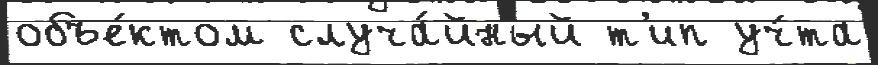
объе́ктом случа́йный т'ип уч́та